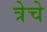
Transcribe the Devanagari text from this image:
त्रेचे